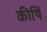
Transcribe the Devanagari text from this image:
कीर्थि